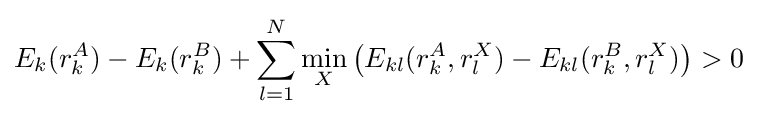
E_{k}(r_{k}^{A})-E_{k}(r_{k}^{B})+\sum _{l=1}^{N}\min _{X}\left(E_{kl}(r_{k}^{A},r_{l}^{X})-E_{kl}(r_{k}^{B},r_{l}^{X})\right)>0